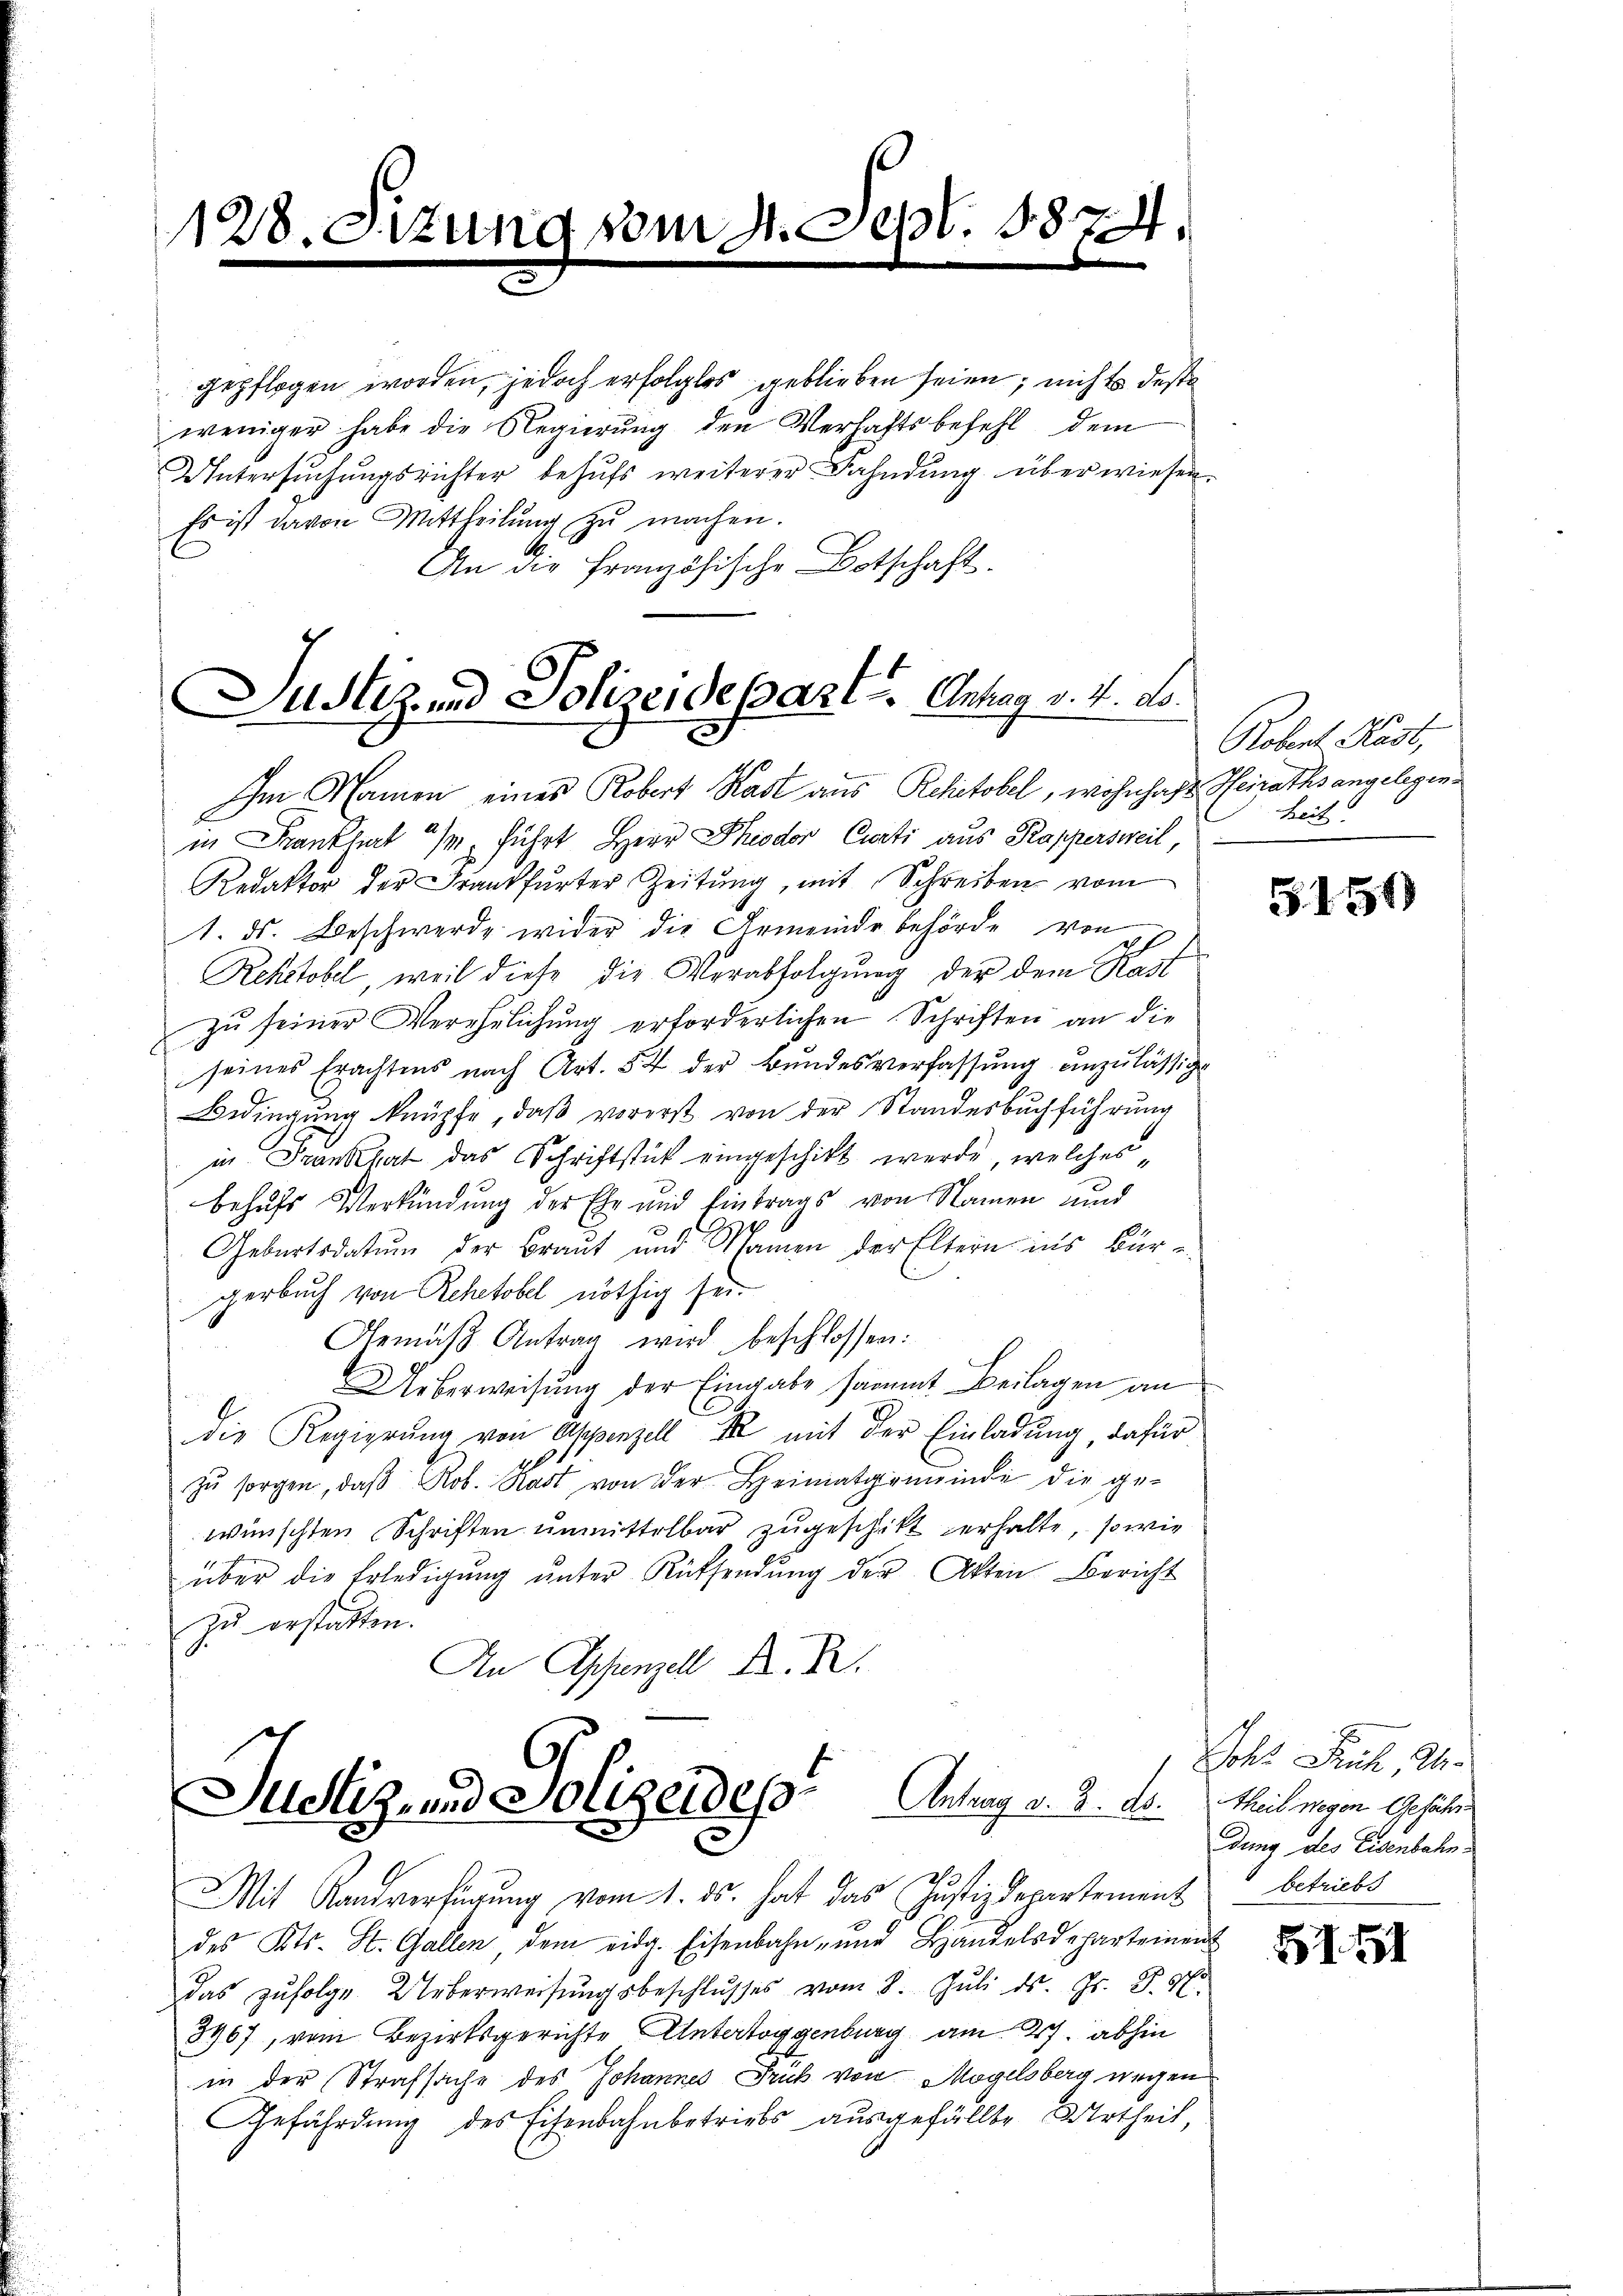
128. Sitzung vom 4. Sept. 1874.

gepflogen worden, jedoch erfolglos geblieben seien; nichts des
weniger habe die Regierung den Verhaftsbefehl dem
Untersŭchŭngsrichter behŭfs weiterer Fahndŭng überwiesen.
Es ist davon Mittheilŭng zŭ machen.
An die Französische Botschaft.

Justiz- und Polizeidepart u. Antrag v. 4. No¬

Im Namen eines Robert Kast aus Rchctobel, wohnhaft Heiraths angelegenin Frankfurt a/M. führt Herr Theodor Curti aus Kappersweil,
Redaktor der Frankfurter Zeitung, mit Schreiben vom
1. ds. Beschwerde wider die Gemeinde behörde von
Rehistobel, weil diese die Verabfolgung der dem Kast
zŭ seiner Verehelichung erforderlichen Schriften an die
seines Erachtens nach Art. 54 der Bundesverfassung unzulässig
Bedingung knüpfe, daß vorerst von der Standesbuchführung
in Frankhat das Schriftstück eingeschikt werde, welches
behufs Verkündung der Ehe und Eintrags von Namen und
Geburtsdatum der Braut und Namen der Eltern ins Bür-
gerbuch von Rehetobel nöthig sei.
Gemäβ Antrag wird beschlossen:
Ueberweisung der Eingabe sammt Beilagen an
die Regierŭng von Appenzell Ir mit der Einladung dafür
zŭ sorgen, daβ Rob. Kast von der Heimatgemeinde die ge-
wünschten Schriften unmittelbar zugeschikt verhalte, so wie
über die Erledigŭng ŭnter Rücksendŭng der Akten Bericht
zu erstatten.
An Appenzell A. R.

Justiz- und Polizeides Antrag v. 2. ds. Meiligen Gehalt

Mit Kandverfügung vom 1. ds. hat das Justizdepartement betriebs
des Kts. St. Gallen, dem eidg. Eisenbahn- und Handelsdeparteinent
das zŭfolge Ueberweisŭngsbeschlŭsses vom 8. Jŭli ds. Gr. P. M.
3967, vom Bezirksgerichte Untertoggenburg am 27. abhin
in der Strafsache des Johannes Frik von Mögelsberg wegen
Gefährdung des Eisenbahnbetriebs ausgefüllte Urtheil,

Robert Käst,
heit

5154)

ols Fruch, d
dung des Eisenbahn¬

151